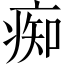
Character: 痴